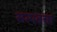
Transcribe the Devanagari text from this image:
सत्यवचा